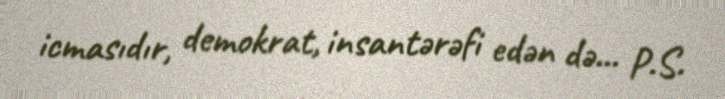
icmasıdır, demokrat, insantərəfi edən də... P.S.